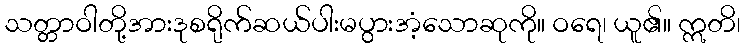
သတ္တာဝါတို့အားဒုစရိုက်ဆယ်ပါးမပွားအံ့သောဆုကို။ ဝရေ၊ ယူ၏။ ဣတိ၊